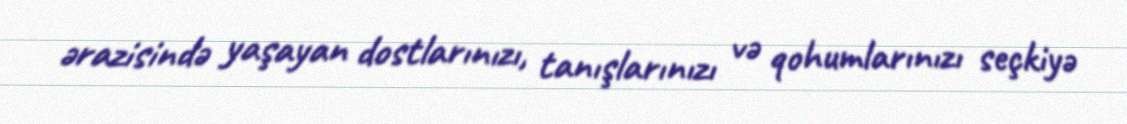
ərazisində yaşayan dostlarınızı, tanışlarınızı və qohumlarınızı seçkiyə